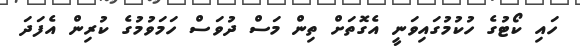
ހައި ކޯޓުގެ ހުކުމުގައިވަނީ އެގޮތަށް ތިން މަސް ދުވަސް ހަމަވުމުގެ ކުރިން އެފަދަ